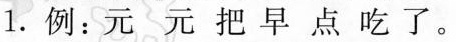
1.例：元元把早点吃了。